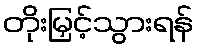
တိုးမြှင့်သွားရန်